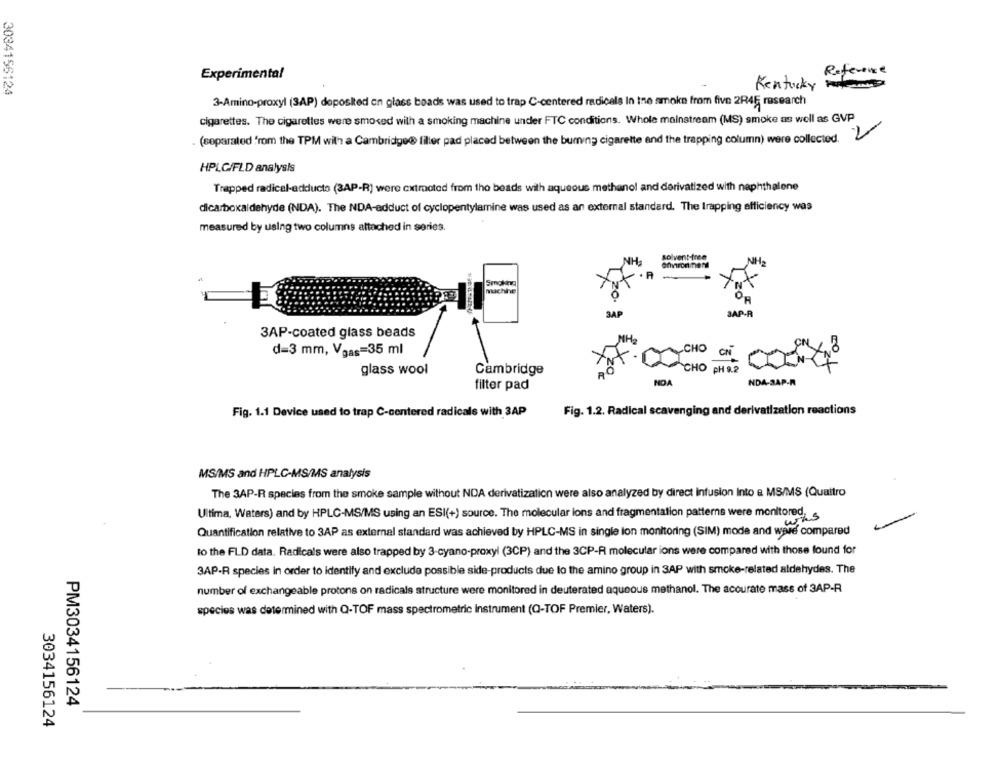
Experimental
Reference
3034156124
Kentucky
3-Amino-proxyl (3AP) deposited on glass beads was used to trap C-centered radicals In the smoke from five 2R45 research
cigarettes. The cigarettes were smoked wilh a smoking machine under FTC conditions. Whole mainstream (MS) smoke as well as GVP
(separated from the TPM with a Cambridge@ filler pad placed between the burning cigarette and the trapping column) were collected. V
HPLG/FLD analysis
Trapped radical-adducto (3AP-R) were cxtroted from the beads with aqueous methanol and derivatized with naphthalene
dicarboxaldehyde (NDA). The NDA-adduct of cyclopentylamine was used as an external standard. The Irapping efficiency was
measured by using two columns attached in series.
solvent-free
NH-
NH
Smoking
machine
3AP
SAP-R
3AP-coated glass beads
d=3 mm, Vgas=35 ml
ACHO
glass wool
Cambridge
CHO PH 9.2
NOA
filter pad
NDA-SAP-R
Fig. 1.2. Radical scavenging and derivatization reactions
Fig. 1.1 Device used to trap C-centered radicale with 3AP
MS/MS and HPLC-MS/MS analysis
The 3AP-R species from the smoke sample without NDA derivatization were also analyzed by direct infusion Into a MS/MS (Quattro
Ultima, Waters) and by HPLC-MS/MS using an ESI(+) source. The molecular ions and fragmentation patterns were monitored.
Quantification relative to 3AP as external standard was achieved by HPLC-MS in single lon monitoring (SIM) mode and were compared
to the FLD data. Radicals were also trapped by 3-cyano-proxyl (3CP) and the 3CP-R molecular ions were compared with those found for
3AP-R species in order to identify and exclude possible side-products due to the amino group in 3AP with smoke-related aldehydes. The
number of exchangeable protons on radicals structure were monitored in deuterated aqueous methanol. The accurate mass of 3AP-R
species was determined with Q-TOF mass spectrometric Instrument (Q-TOF Premier, Waters).
PM3034156124
3034156124